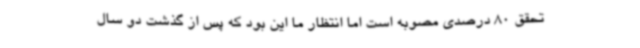
تحقق 80 درصدی مصوبه است اما انتظار ما این بود که پس از گذشت دو سال